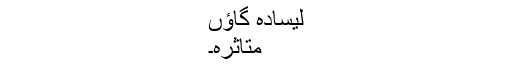
لیسادہ گاؤں
متاثرہ۔